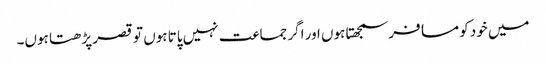
میں خود کو مسافر سمجھتا ہوں اور اگر جماعت نہیں پاتا ہوں تو قصر پڑھتا ہوں۔